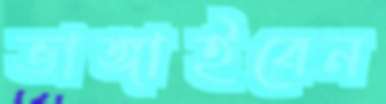
ভাঙ্গাইবেন